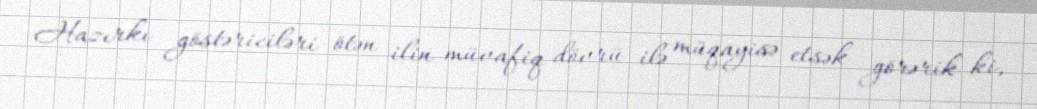
Hazırkı göstəriciləri ötən ilin müvafiq dövrü ilə müqayisə etsək görərik ki,